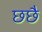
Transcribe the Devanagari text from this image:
छछै